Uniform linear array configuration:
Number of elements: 48
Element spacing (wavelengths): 0.75
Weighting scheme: blackman
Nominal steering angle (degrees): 45
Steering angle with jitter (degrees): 44.007
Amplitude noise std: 0.05
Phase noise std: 0.05

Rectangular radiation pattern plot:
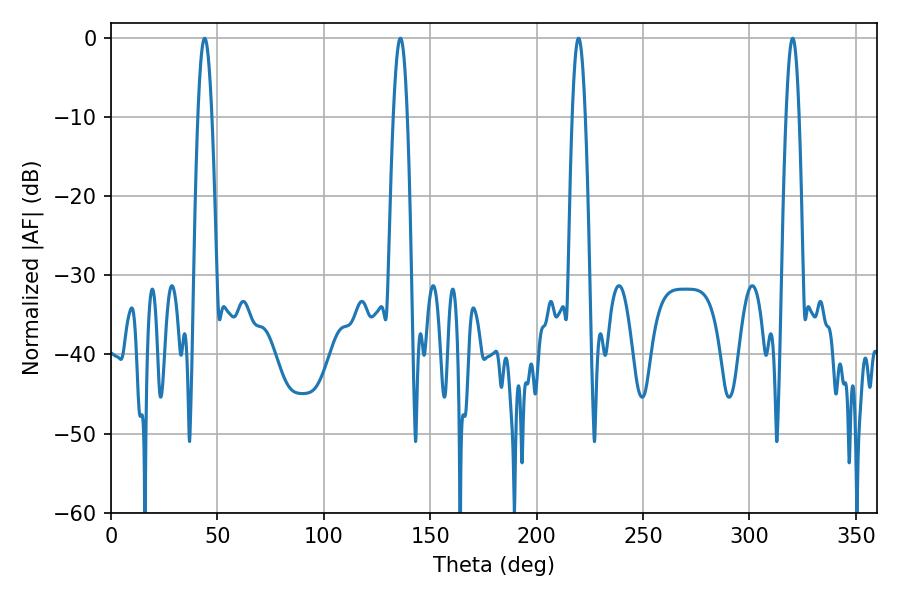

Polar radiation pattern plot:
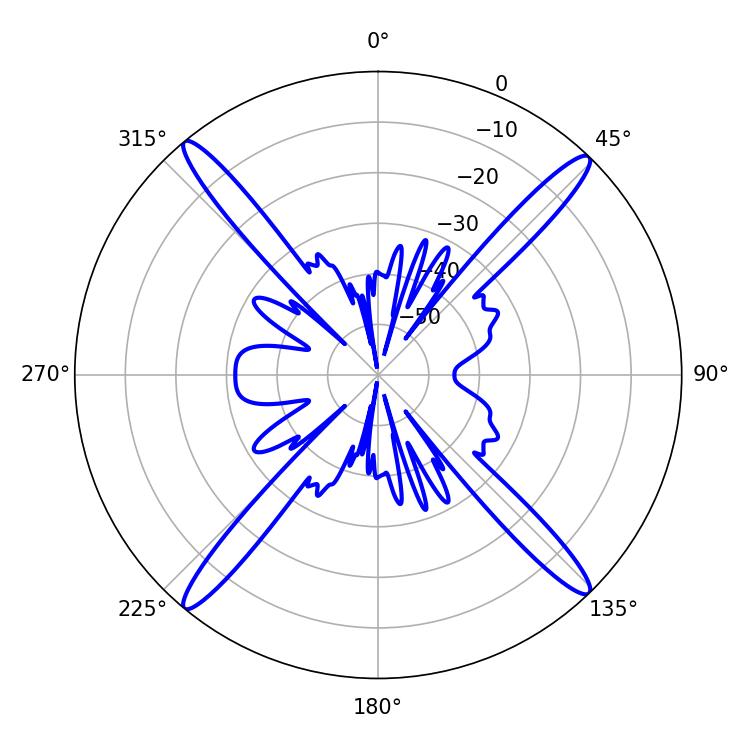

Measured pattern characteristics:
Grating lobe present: TRUE
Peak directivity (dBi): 21.788
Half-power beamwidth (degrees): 3.42
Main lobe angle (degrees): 43.92